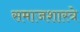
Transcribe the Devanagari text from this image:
समाजशास्त्रे